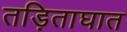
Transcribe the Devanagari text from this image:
तड़िताघात